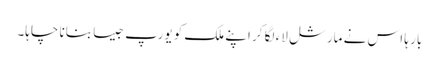
بار ہا اس نے مارشل لاء لگا کر اپنے ملک کو یورپ جیسا بنانا چاہا۔